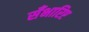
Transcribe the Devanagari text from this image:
सँभारिए